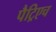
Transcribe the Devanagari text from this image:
पैट्रिएच